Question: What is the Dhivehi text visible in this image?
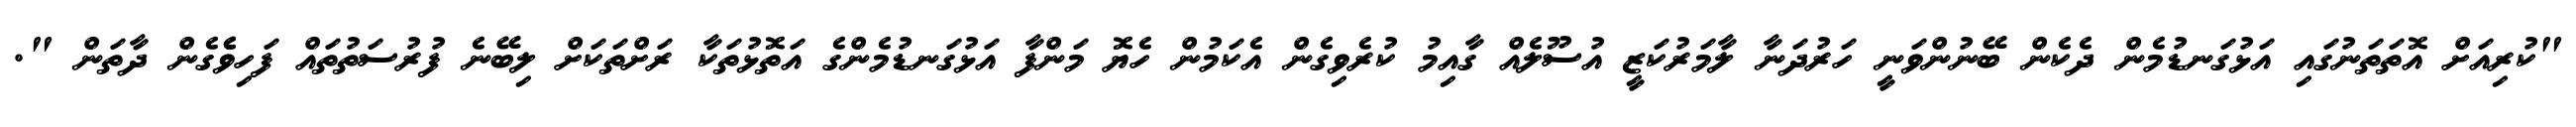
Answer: "ކުރިއަށް އޮތަތަނުގައި އަޅުގަނޑުމެން ދެކެން ބޭނުންވަނީ ހަރުދަނާ ލާމަރުކަޒީ އުސޫލެއް ގާއިމު ކުރެވިގެން އެކަމުން ހެޔޮ މަންފާ އަޅުގަނޑުމެންގެ އަތޮޅުތަކާ ރަށްތަކަށް ލިބޭނެ ފުރުސަތުތައް ފަހިވެެގެން ދާތަން ".